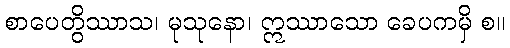
စာပေတွိဿာသ၊ မုသုနော၊ ဣဿာသော ခေပကမှိ စ။